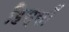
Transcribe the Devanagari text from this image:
हिस्सों